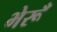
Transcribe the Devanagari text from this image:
भेरूँ